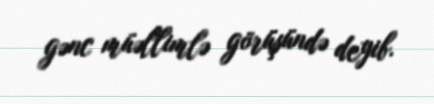
gənc müəllimlə görüşündə deyib.